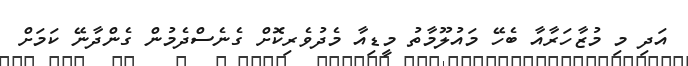
އަދި މި މުޒާހަރާއާ ބެހޭ މައުލޫމާތު މީޑިއާ މެދުވެރިކޮށް ގެނެސްދެމުން ގެންދާނޭ ކަމަށް